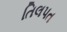
તિલપત